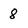
Character: 8